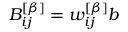
B _ { i j } ^ { \left[ \beta \right] } = w _ { i j } ^ { \left[ \beta \right] } b